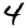
Digit: 4